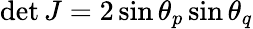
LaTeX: \operatorname*{det}J=2\sin\theta_{p}\sin\theta_{q}